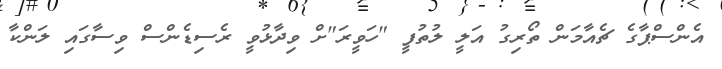
އެންސްޕާގެ ޗެއާމަން ތޯރިގު އަލީ ލުތުފީ "ހަވީރަ"ށް ވިދާޅުވީ ރެސިޑެންސް ވިސާގައި ލަންކާ